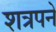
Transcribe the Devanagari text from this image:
शत्रपने